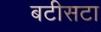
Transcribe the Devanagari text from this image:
बटीसटा